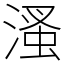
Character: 溞